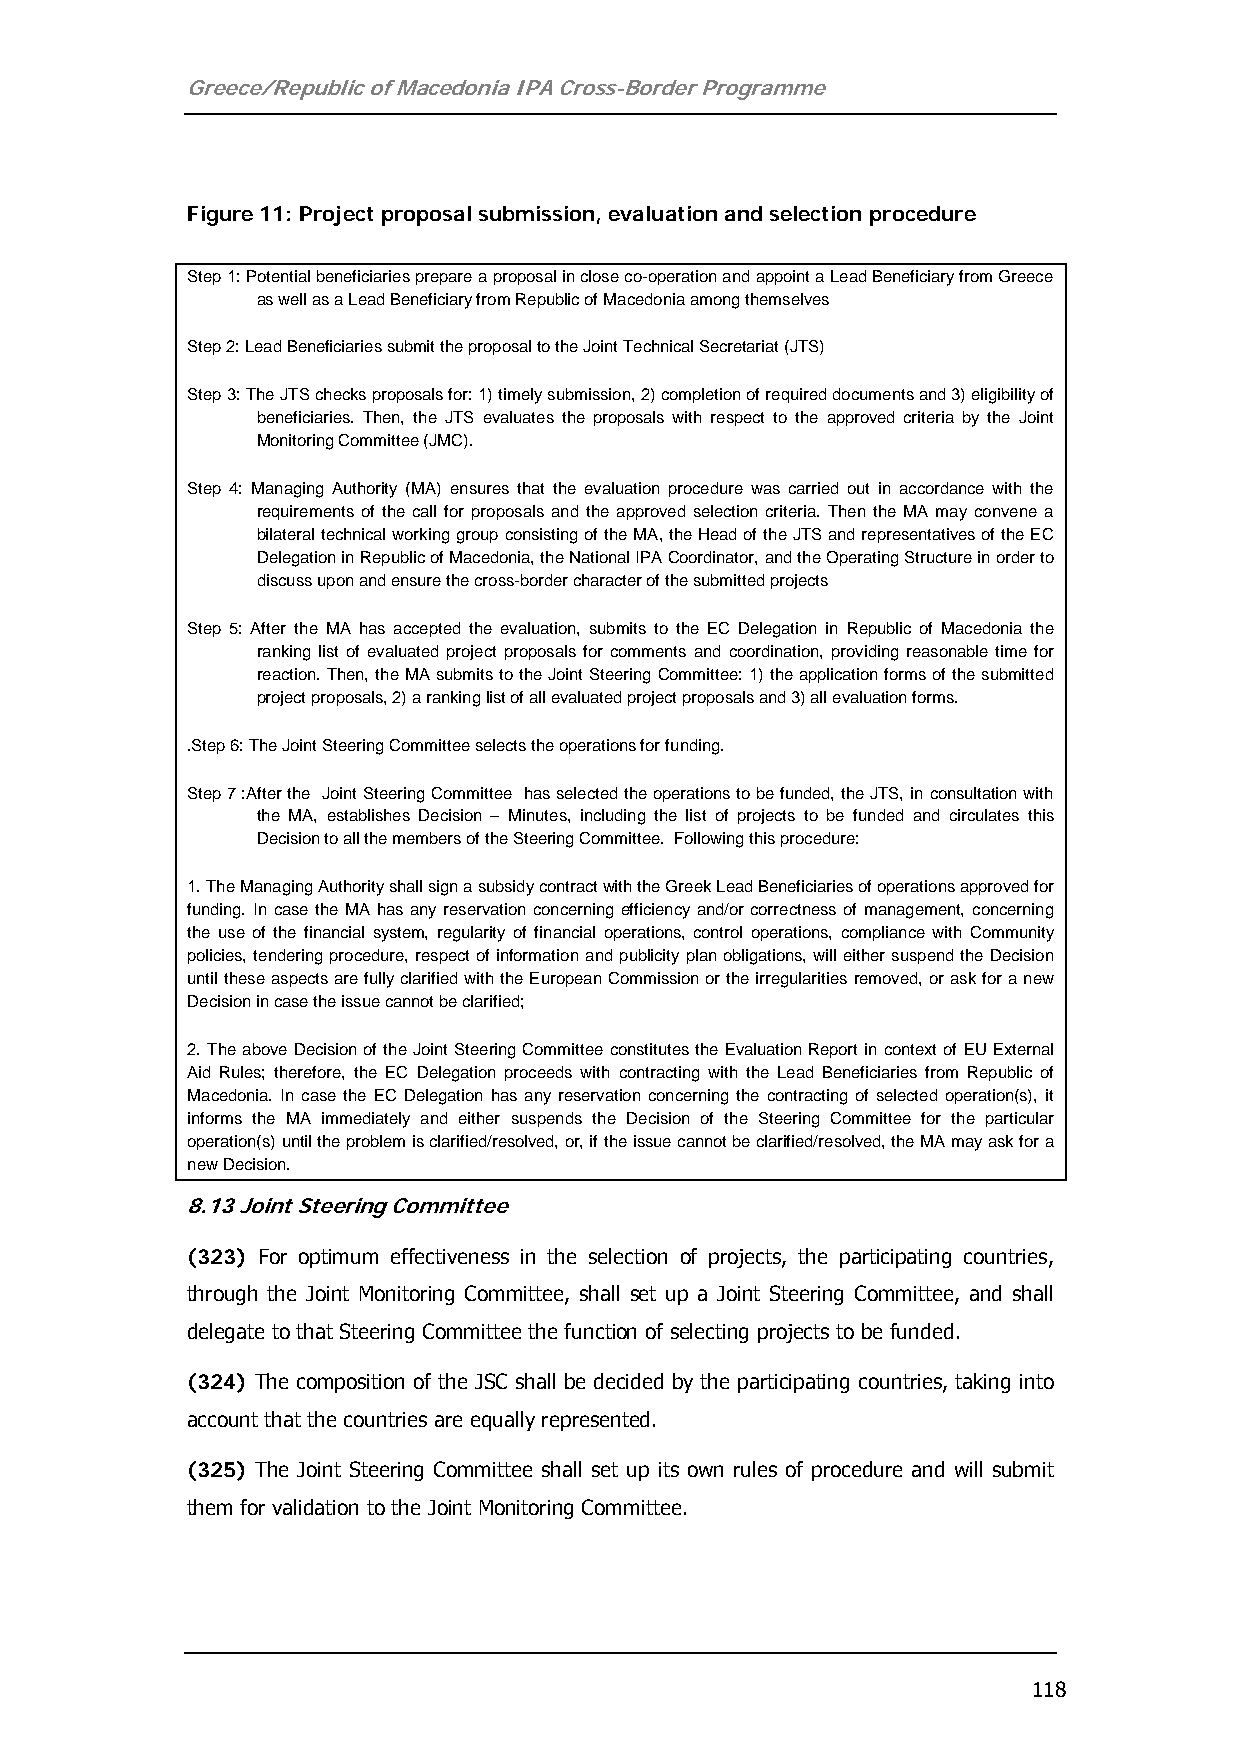
Greece/Republic of Macedonia IPA Cross-Border Programme
 Figure 11: Project proposal submission, evaluation and selection procedure
 Step 1: Potential beneficiaries prepare a proposal in close co-operation and appoint a Lead Beneficiary from Greece
 as well as a Lead Beneficiary from Republic of Macedonia among themselves
 Step 2: Lead Beneficiaries submit the proposal to the Joint Technical Secretariat (JTS)
 Step 3: The JTS checks proposals for: 1) timely submission, 2) completion of required documents and 3) eligibility of
 beneficiaries. Then, the JTS evaluates the proposals with respect to the approved criteria by the Joint
 Monitoring Committee (JMC).
 Step 4: Managing Authority (MA) ensures that the evaluation procedure was carried out in accordance with the
 requirements of the call for proposals and the approved selection criteria. Then the MA may convene a
 bilateral technical working group consisting of the MA, the Head of the JTS and representatives of the EC
 Delegation in Republic of Macedonia, the National IPA Coordinator, and the Operating Structure in order to
 discuss upon and ensure the cross-border character of the submitted projects
 Step 5: After the MA has accepted the evaluation, submits to the EC Delegation in Republic of Macedonia the
 ranking list of evaluated project proposals for comments and coordination, providing reasonable time for
 reaction. Then, the MA submits to the Joint Steering Committee: 1) the application forms of the submitted
 project proposals, 2) a ranking list of all evaluated project proposals and 3) all evaluation forms.
 .Step 6: The Joint Steering Committee selects the operations for funding.
 Step 7 :After the Joint Steering Committee has selected the operations to be funded, the JTS, in consultation with
 the MA, establishes Decision – Minutes, including the list of projects to be funded and circulates this
 Decision to all the members of the Steering Committee. Following this procedure:
 1. The Managing Authority shall sign a subsidy contract with the Greek Lead Beneficiaries of operations approved for
 funding. In case the MA has any reservation concerning efficiency and/or correctness of management, concerning
 the use of the financial system, regularity of financial operations, control operations, compliance with Community
 policies, tendering procedure, respect of information and publicity plan obligations, will either suspend the Decision
 until these aspects are fully clarified with the European Commission or the irregularities removed, or ask for a new
 Decision in case the issue cannot be clarified;
 2. The above Decision of the Joint Steering Committee constitutes the Evaluation Report in context of EU External
 Aid Rules; therefore, the EC Delegation proceeds with contracting with the Lead Beneficiaries from Republic of
 Macedonia. In case the EC Delegation has any reservation concerning the contracting of selected operation(s), it
 informs the MA immediately and either suspends the Decision of the Steering Committee for the particular
 operation(s) until the problem is clarified/resolved, or, if the issue cannot be clarified/resolved, the MA may ask for a
 new Decision.
 8.13 Joint Steering Committee
 (323) For optimum effectiveness in the selection of projects, the participating countries,
 through the Joint Monitoring Committee, shall set up a Joint Steering Committee, and shall
 delegate to that Steering Committee the function of selecting projects to be funded.
 (324) The composition of the JSC shall be decided by the participating countries, taking into
 account that the countries are equally represented.
 (325) The Joint Steering Committee shall set up its own rules of procedure and will submit
 them for validation to the Joint Monitoring Committee.
 118